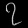
Digit: ၇